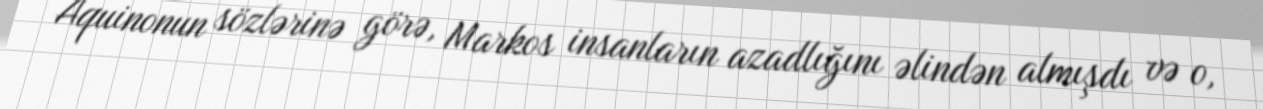
Aquinonun sözlərinə görə, Markos insanların azadlığını əlindən almışdı və o,